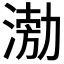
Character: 𭱢